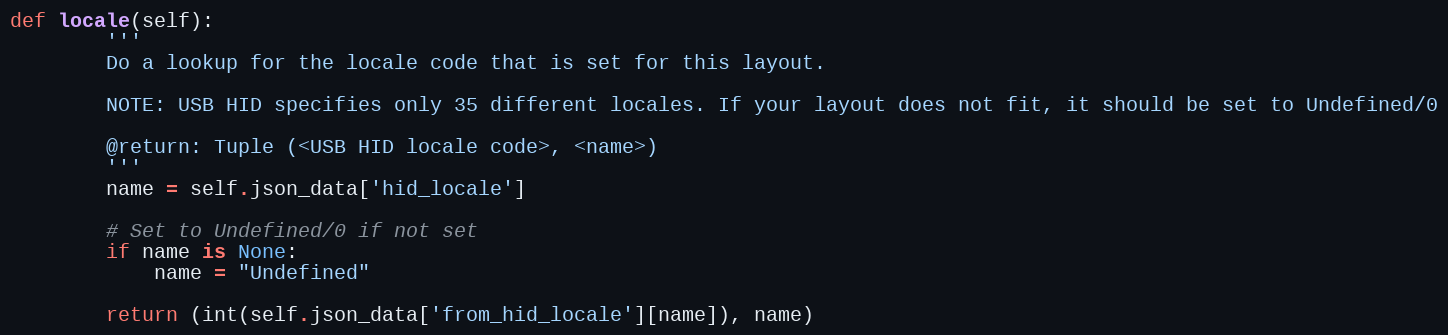
Language: Python
def locale(self):
        '''
        Do a lookup for the locale code that is set for this layout.

        NOTE: USB HID specifies only 35 different locales. If your layout does not fit, it should be set to Undefined/0

        @return: Tuple (<USB HID locale code>, <name>)
        '''
        name = self.json_data['hid_locale']

        # Set to Undefined/0 if not set
        if name is None:
            name = "Undefined"

        return (int(self.json_data['from_hid_locale'][name]), name)